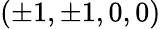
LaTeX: (\pm 1,\pm 1,0,0)